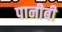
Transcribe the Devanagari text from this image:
पानीबी